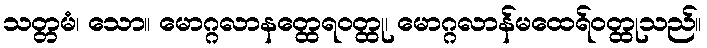
သတ္တမံ၊ သော။ မောဂ္ဂလာနတ္ထေရဝတ္ထု၊ မောဂ္ဂလာန်မထေရ်ဝတ္ထုသည်။